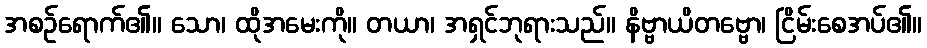
အစဉ်ရောက်၏။ သော၊ ထိုအမေးကို။ တယာ၊ အရှင်ဘုရားသည်။ နိဗ္ဗာယိတဗ္ဗော၊ ငြိမ်းစေအပ်၏။